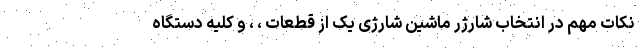
نکات مهم در انتخاب شارژر ماشین شارژی یک از قطعات ، ، و کلیه دستگاه